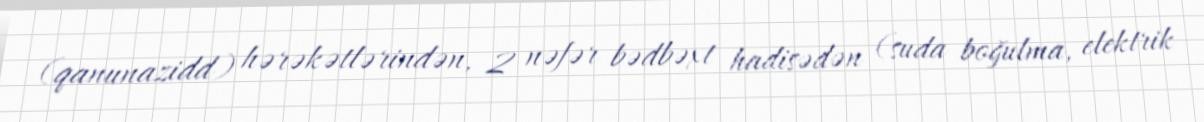
(qanunazidd) hərəkətlərindən, 2 nəfər bədbəxt hadisədən (suda boğulma, elektrik